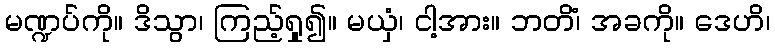
မဏ္ဍပ်ကို။ ဒိသွာ၊ ကြည့်ရှု၍။ မယှံ၊ ငါ့အား။ ဘတိံ၊ အခကို။ ဒေဟိ၊